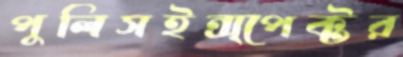
পুলিসইন্‌স্পেক্টর